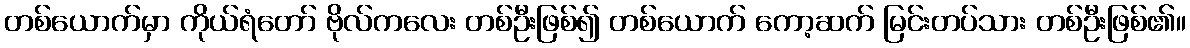
တစ်ယောက်မှာ ကိုယ်ရံတော် ဗိုလ်ကလေး တစ်ဦးဖြစ်၍ တစ်ယောက် ကော့ဆက် မြင်းတပ်သား တစ်ဦးဖြစ်၏။